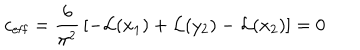
LaTeX: c _ { \mathrm { e f f } } = { \frac { 6 } { \pi ^ { 2 } } } \left[ - { \cal L } ( x _ { 1 } ) + { \cal L } ( y _ { 2 } ) - { \cal L } ( x _ { 2 } ) \right] = 0